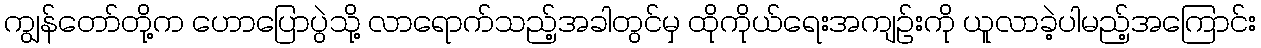
ကျွန်တော်တို့က ဟောပြောပွဲသို့ လာရောက်သည့်အခါတွင်မှ ထိုကိုယ်ရေးအကျဉ်းကို ယူလာခဲ့ပါမည့်အကြောင်း